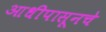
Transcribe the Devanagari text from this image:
आधीपासूनचे